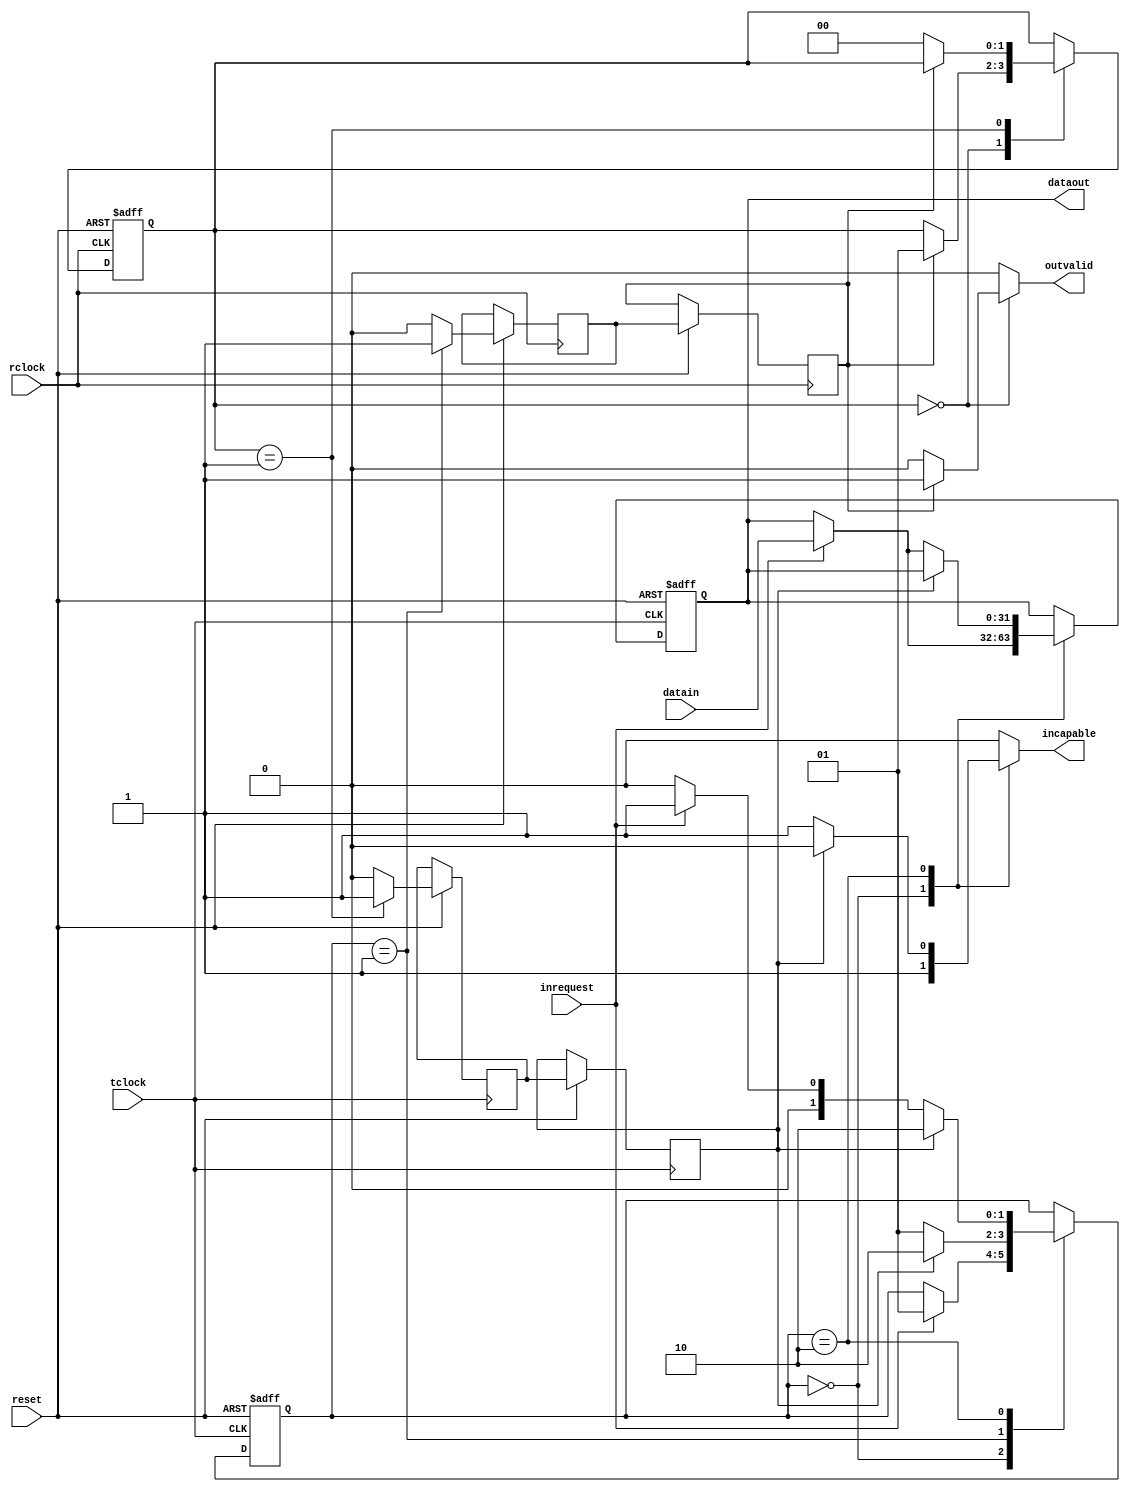
`timescale 1ns / 1ps
//////////////////////////////////////////////////////////////////////////////////
// Company: 
// Engineer: 
// 
// Design Name: 
// Module Name:    mainlogic 
// Project Name: 
// Target Devices: 
// Tool versions: 
// Description: 
//
// Dependencies: 
//
// Revision: 
// Revision 0.01 - File Created
// Additional Comments: 
//
//////////////////////////////////////////////////////////////////////////////////
module mainlogic # (parameter DATA_WIDTH=32)
(
    input reset,
    input [DATA_WIDTH-1:0] datain,
    input rclock,
    input tclock,
    input inrequest,
    output [DATA_WIDTH-1:0] dataout,
    output reg incapable,
    output reg outvalid
    );
    
localparam TIDLE = 2'd0,
           TSENDING = 2'd1,
           TFINISHING = 2'd2,
           RIDLE = 2'd0,
           RSENDING = 2'd1,
           RFINISHING = 2'd2;

// Transmitter part signals
reg rack_sync;
reg rack_d1;
reg[1:0] tstate = TIDLE;
reg[1:0] tstate_next;
reg tack;
reg[DATA_WIDTH-1:0] datain_next;
reg[DATA_WIDTH-1:0] datain_registered = {DATA_WIDTH{1'b0}};

//Receiver part signals
reg tack_sync;
reg tack_d1;
reg rack;
reg[1:0] rstate = RIDLE;
reg[1:0] rstate_next;
 

assign dataout = datain_registered;
// Transmitter decision logic
always @(*)
begin
    tack = 1'b0;
    tstate_next = tstate;
    datain_next = datain_registered;
    incapable = 1'b0;
    
    case(tstate)
    TIDLE:
    begin
        incapable = 1'b1;
        if (inrequest)
        begin
            tstate_next = TSENDING;
            datain_next = datain;
        end
    end
    
    TSENDING:
    begin
        tack = 1'b1;
        if (rack_sync)
            tstate_next = TFINISHING;
        else
            tstate_next = TSENDING;
    end
    
    TFINISHING:
    begin
        tack = 1'b0;
        if (rack_sync)
            tstate_next = TFINISHING;
        else
        begin
            incapable = 1'b1;
            if (inrequest)
            begin
                tstate_next = TSENDING;
                datain_next = datain;
            end
            else
                tstate_next = TIDLE;
        end        
    end
    
    default: ;
    endcase
end
              
always @(posedge tclock or negedge reset)
begin
// Tranceiver reset
    if(!reset)
    begin
        tstate <= TIDLE;
        datain_registered <= {DATA_WIDTH{1'b0}};
    end  
    
    else
    begin
        tstate <= tstate_next;
        datain_registered <= datain_next;
        rack_d1 <= rack;
        rack_sync <= rack_d1;
    end
        
end 

// Receiver decision logic
always @(*)
begin
    rstate_next = rstate;
    rack = 1'b0;
    outvalid = 1'b0;
    
    case(rstate)
    RIDLE:
    if (tack_sync)
    begin
        rstate_next = RSENDING;
        outvalid = 1'b1;
    end
    
    RSENDING:
    begin
    rack = 1'b1;
    if (!tack_sync)
        rstate_next = RIDLE;
    end
    
    default:;
    endcase
end
    
always@(posedge rclock or negedge reset)
begin
    if (!reset)
    rstate <= RIDLE;
    else
    begin
        rstate <= rstate_next;
        tack_d1 <= tack;
        tack_sync <= tack_d1;
    end
end

//assign outvalid = (rstate==RIDLE)&tack_sync;
        
endmodule